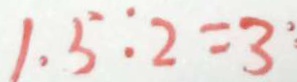
1 . 5 : 2 = 3